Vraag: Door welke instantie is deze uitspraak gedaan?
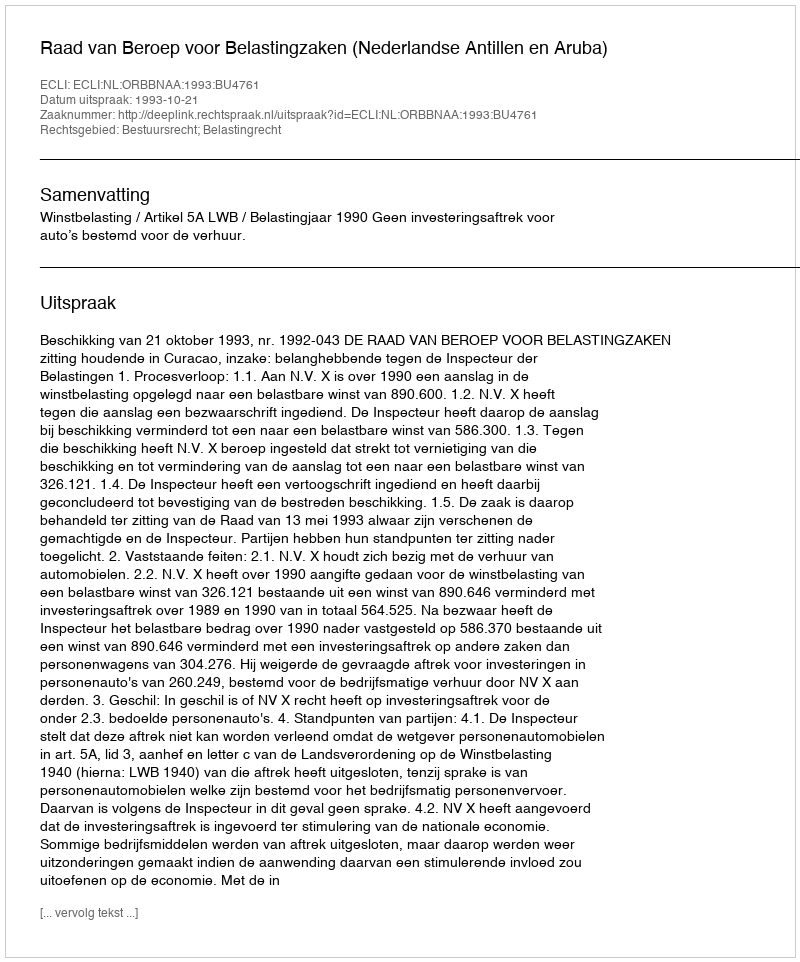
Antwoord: Raad van Beroep voor Belastingzaken (Nederlandse Antillen en Aruba)